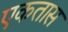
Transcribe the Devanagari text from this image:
एकतास